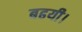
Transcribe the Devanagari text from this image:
बढयी।